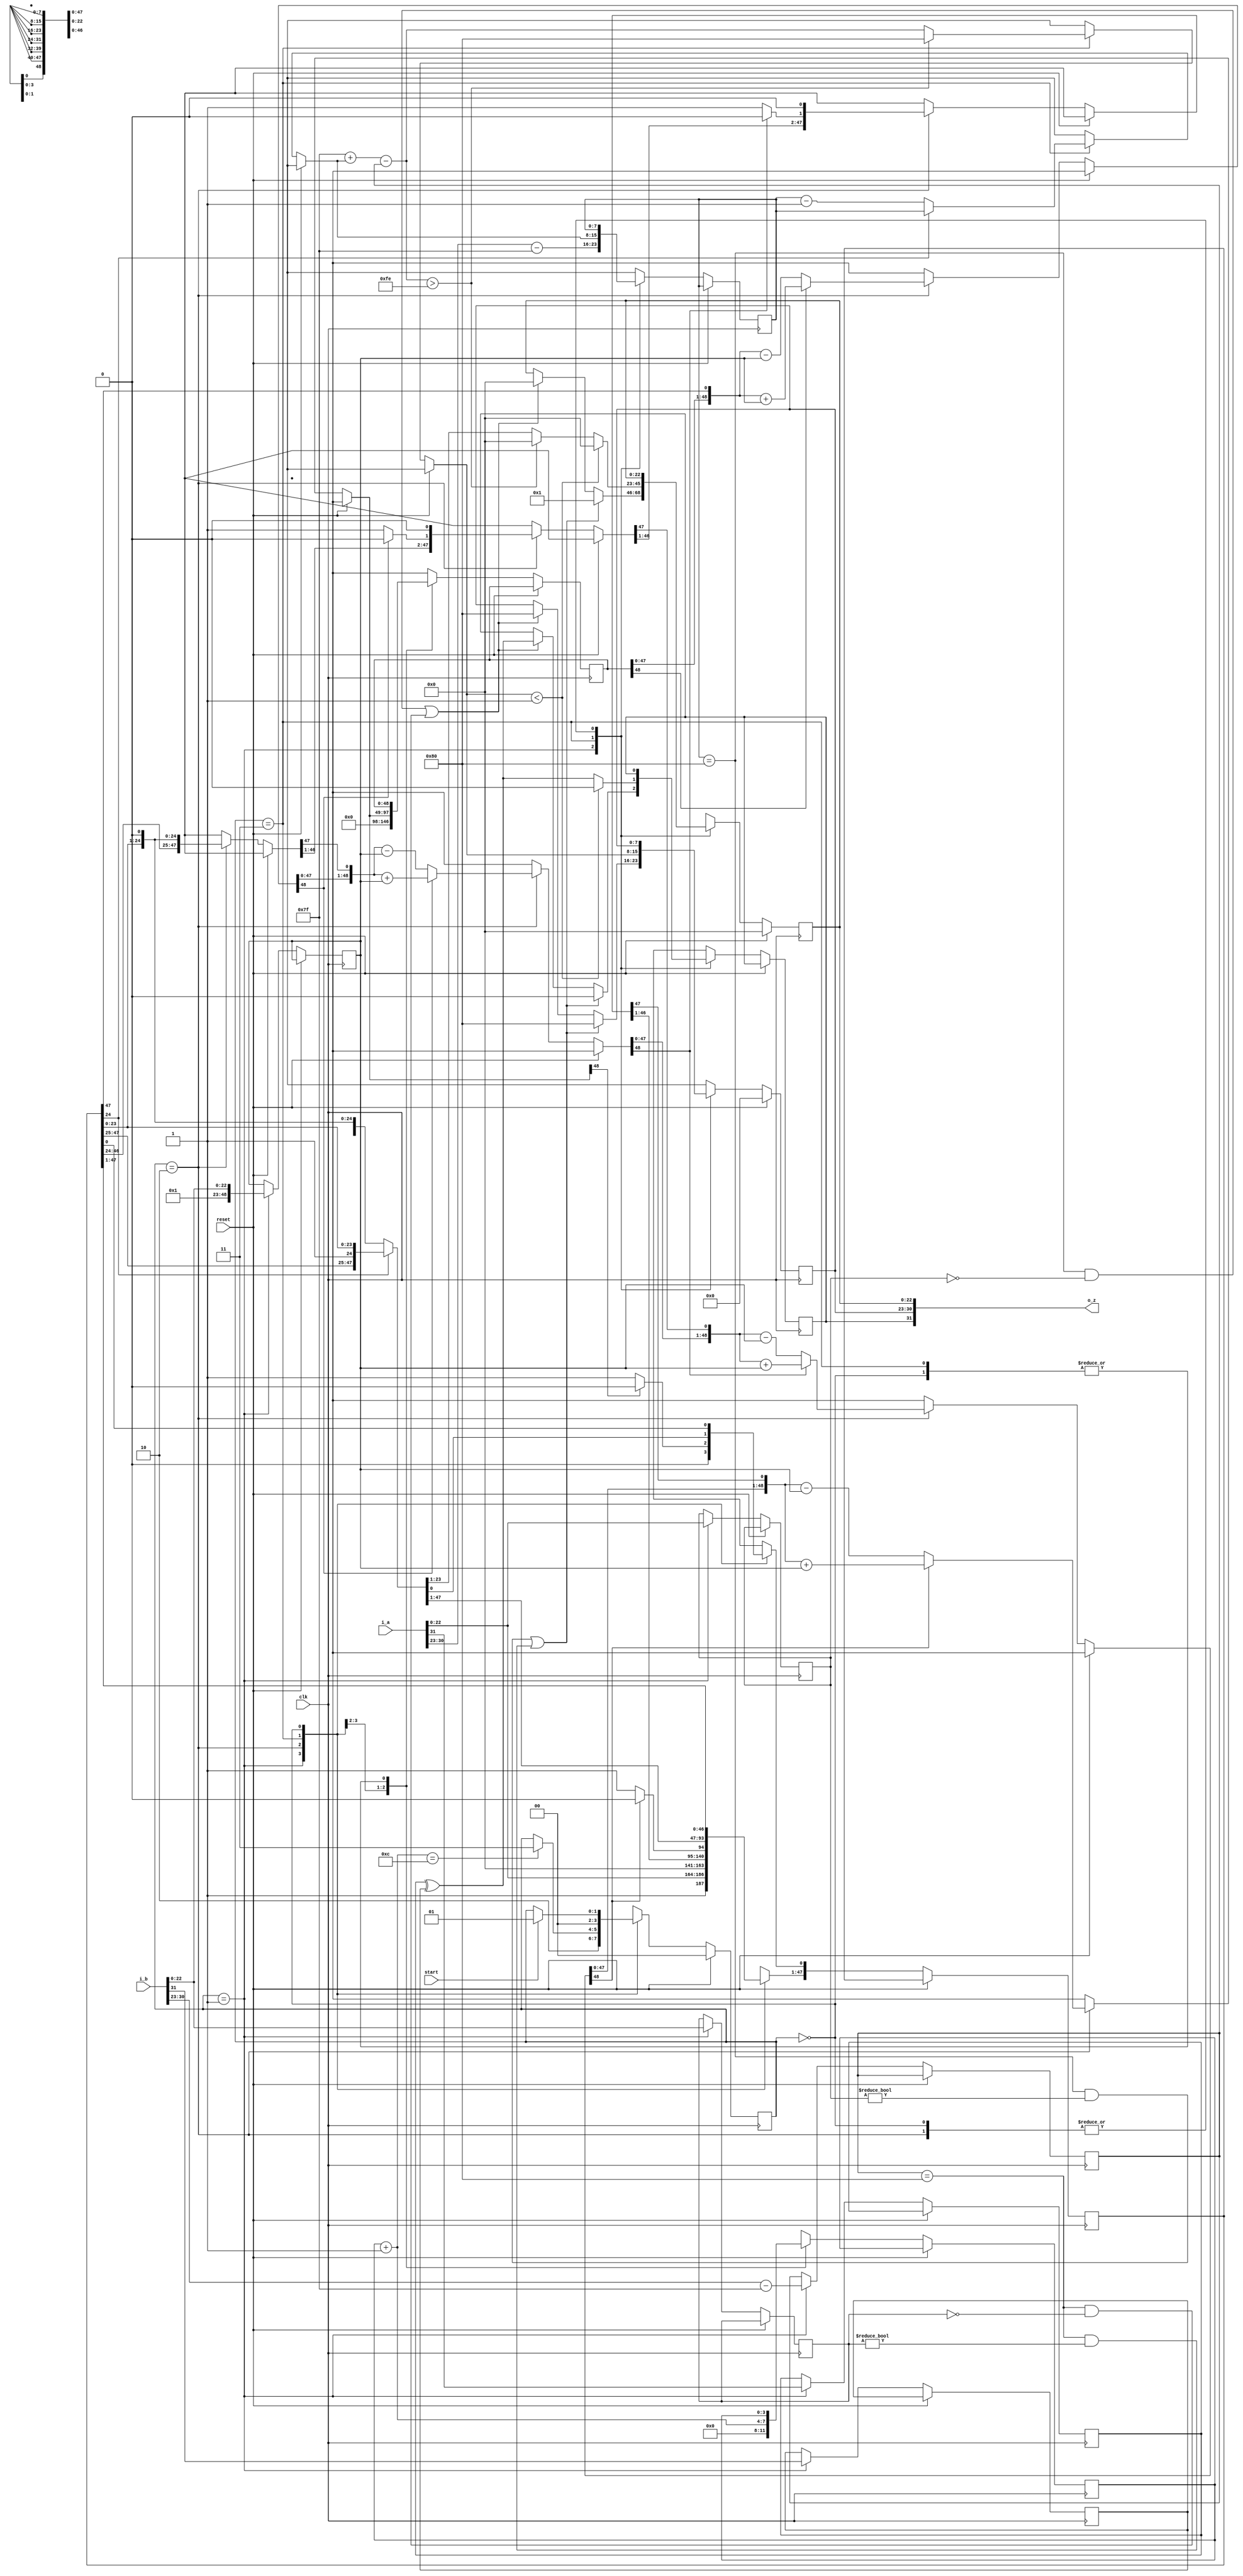
module div_sp
    (input clk, start,
        input [31:0] i_a, i_b,
        input reset,
        output [31:0] o_z);

    reg a_sign, b_sign, z_sign;
    reg [22:0] a_mantis, b_mantis, z_mantis;
    reg [7:0] a_exp, b_exp, z_exp;
    reg [48:0] A, M;
    reg [47:0] Q;
    reg [3:0] count;
    reg [1:0] state = 0;
    parameter S_IDLE=2'b00,
              S_START=2'b01,
              S_DIVIDE=2'b10,
              S_FINISH=2'b11;

    always @(posedge clk)
        begin
            if (~reset)
                begin
                    case (state)

                        S_START:
                            begin

                                a_mantis <= i_a[22:0];
                                b_mantis <= i_b[22:0];
                                a_sign <= i_a[31];
                                b_sign <= i_b[31];
                                a_exp <= i_a[30:23]-127;
                                b_exp <= i_b[30:23]-127;
                                Q <= {1'b1, i_a[22:0]} << 24;
                                A <= 0;
                                M <= {1'b1, i_b[22:0]};
                                count <= 0;
                                //a=NaN or b=NaN -> z=NaN
                                if ((a_exp == 128 && a_mantis != 0) || (b_exp == 128 && b_mantis != 0))
                                    begin
                                        z_sign <= 1'b0;
                                        z_exp <= 128;
                                        z_mantis <= 1;
                                        state <= S_FINISH;
                                    end

                                    //a=inf or b=inf -> z=inf
                                else if ((a_exp == 128 && a_mantis == 0 && !(b_exp == -127 && b_mantis == 0)) || (b_exp == 128 && b_mantis == 0 && !(b_exp == -127 && b_mantis == 0)))
                                    begin
                                        z_sign <= a_sign ^ b_sign;
                                        z_exp <= 128;
                                        z_mantis <= 0;
                                        state <= S_FINISH;
                                    end

                                    //a=0,b=inf or a=inf,b=0 -> z=NaN
                                else if ((a_exp == 128 && a_mantis == 0 && b_exp == -127 && b_mantis == 0) || (b_exp == 128 && b_mantis == 0 && b_exp == -127 && b_mantis == 0))
                                    begin
                                        z_sign <= 0;
                                        z_exp <= 128;
                                        z_mantis <= 1;
                                        state <= S_FINISH;
                                    end
                                state <= S_DIVIDE;
                            end

                        S_DIVIDE:
                            begin
                                if (A[48])
                                    begin
                                        {A, Q} = {A, Q} << 1;
                                        A = A+M;
                                    end
                                else
                                    begin
                                        {A, Q} = {A, Q} << 1;
                                        A = A-M;
                                    end
                                if (A[48])
                                    begin
                                        Q[0] = 0;
                                    end
                                else
                                    begin
                                        Q[0] = 1;
                                    end
                                if (A[48])
                                    begin
                                        {A, Q} = {A, Q} << 1;
                                        A = A+M;
                                    end
                                else
                                    begin
                                        {A, Q} = {A, Q} << 1;
                                        A = A-M;
                                    end
                                if (A[48])
                                    begin
                                        Q[0] = 0;
                                    end
                                else
                                    begin
                                        Q[0] = 1;
                                    end
                                if (A[48])
                                    begin
                                        {A, Q} = {A, Q} << 1;
                                        A = A+M;
                                    end
                                else
                                    begin
                                        {A, Q} = {A, Q} << 1;
                                        A = A-M;
                                    end
                                if (A[48])
                                    begin
                                        Q[0] = 0;
                                    end
                                else
                                    begin
                                        Q[0] = 1;
                                    end
                                if (A[48])
                                    begin
                                        {A, Q} = {A, Q} << 1;
                                        A = A+M;
                                    end
                                else
                                    begin
                                        {A, Q} = {A, Q} << 1;
                                        A = A-M;
                                    end
                                if (A[48])
                                    begin
                                        Q[0] = 0;
                                    end
                                else
                                    begin
                                        Q[0] = 1;
                                    end
                                count = count+1;
                                if (count == 12)
                                    state = S_FINISH;
                            end

                        S_FINISH:
                            begin
                                if (~Q[24])
                                    begin
                                        Q = Q << 1;
                                        a_exp = a_exp-1;
                                    end
                                z_mantis = Q[23:1];
                                z_exp = 127+a_exp-b_exp;
                                z_sign = a_sign ^ b_sign;
                                state = S_IDLE;

                                //underflow,overflow
                                if (z_exp > 254)
                                    begin
                                        z_sign = a_sign ^ b_sign;
                                        z_exp = 128;
                                        z_mantis = 0;
                                    end
                                if (z_exp < 1)
                                    begin
                                        z_sign = a_sign ^ b_sign;
                                        z_sign = 0;
                                        z_mantis = 0;
                                    end
                            end

                        S_IDLE:
                            begin
                                if (start)
                                    state = S_START;
                            end
                    endcase
                end
            else
                begin
                    state <= S_IDLE;
                    z_exp <= 0;
                    z_mantis <= 0;
                    z_exp <= 0;
                end

        end

    assign o_z = {z_sign, z_exp, z_mantis};
endmodule